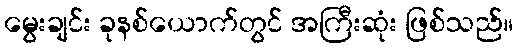
မွေးချင်း ခုနစ်ယောက်တွင် အကြီးဆုံး ဖြစ်သည်။